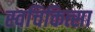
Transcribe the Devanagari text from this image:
स्वचिकित्सा